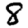
Digit: 8